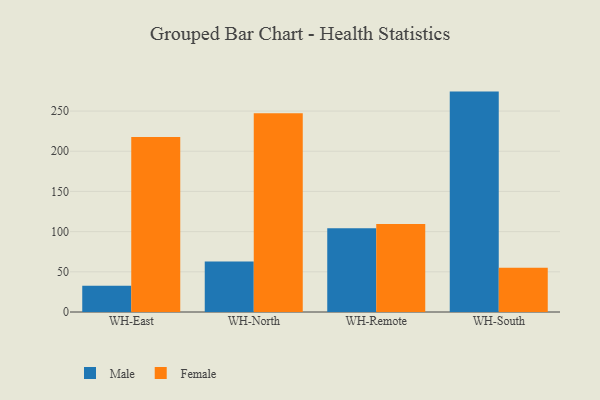
{"axis": {"x": "Warehouse", "y": "Customer Acquisition Cost (USD)"}, "legend": ["Female", "Male"], "data": [{"x": "WH-East", "y": 32.8, "type": "Male"}, {"x": "WH-East", "y": 217.8, "type": "Female"}, {"x": "WH-North", "y": 62.8, "type": "Male"}, {"x": "WH-North", "y": 247.2, "type": "Female"}, {"x": "WH-Remote", "y": 104.1, "type": "Male"}, {"x": "WH-Remote", "y": 109.4, "type": "Female"}, {"x": "WH-South", "y": 274.2, "type": "Male"}, {"x": "WH-South", "y": 55.2, "type": "Female"}]}